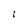
Character: l